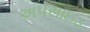
અપસાઇડ